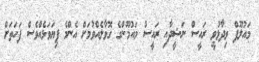
މައުލޫފް ވިދާޅުވީ ރައީސް ނަޝީދާއި ރައީސް މައުމޫންގެ ގޮވާލެއްވުމަށް އެންމެ ފިޔަވަޅެއްވެސް ފަހަތަށް